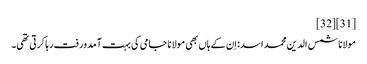
[31][32]
مولانا شمس الدین محمد اسد: اِن کے ہاں بھی مولانا جامی کی بہت آمدورفت رہا کرتی تھی۔